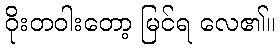
ဝိုးတဝါးတော့ မြင်ရ လေ၏။